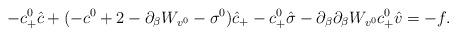
LaTeX: \begin{align*} -c^0_+\hat{c}+(-c^0+2-\partial_{\beta}W_{v^0}-\sigma^0)\hat{c}_+-c^0_+\hat{\sigma}-\partial_{\beta}\partial_{\beta}W_{v^0} c^0_+\hat{v}=-f.\end{align*}